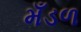
મઁડળ